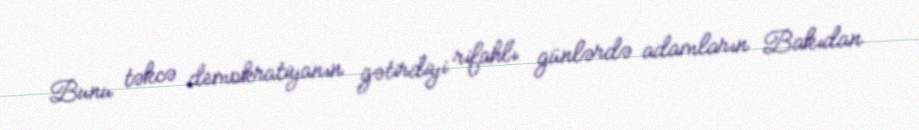
Bunu təkcə demokratiyanın gətirdiyi rifahlı günlərdə adamların Bakıdan